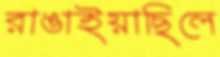
রাঙাইয়াছিলে